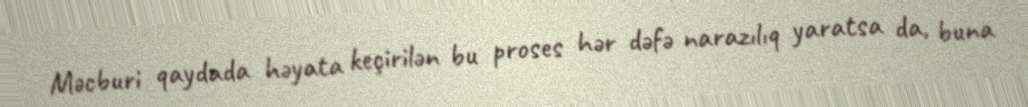
Məcburi qaydada həyata keçirilən bu proses hər dəfə narazılıq yaratsa da, buna